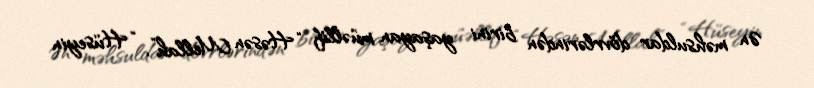
Ən məhsuldar dövrlərindən birini yaşayan müəllif “Həsən Mellah”, “Hüseyin